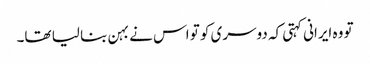
تو وہ ایرانی کہتی کہ دوسری کو تو اس نے بہن بنا لیا تھا۔